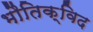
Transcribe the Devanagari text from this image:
भौतिक्विद